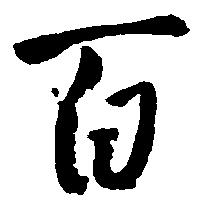
百